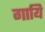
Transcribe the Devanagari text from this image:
गायि